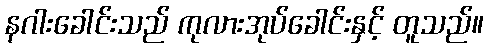
နဂါးခေါင်းသည် ကုလားအုပ်ခေါင်းနှင့် တူသည်။